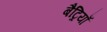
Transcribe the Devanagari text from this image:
बैट्रियाँ